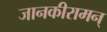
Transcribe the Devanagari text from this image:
जानकीरामन्